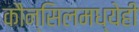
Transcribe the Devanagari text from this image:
कौन्सिलमध्येही